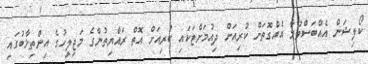
ކޯލިޝަން އެއްބަސްވުމާ އެއްގޮތަށް ކުރިއަށް ދިއުމަށްޓަކައި ކުރިއަށް އޮތް ރައްޔިތުންގެ މަޖިލީހުގެ އިންތިޚާބުގައި